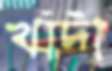
খাঁদী